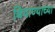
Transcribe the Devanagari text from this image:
बियाण्याच्या